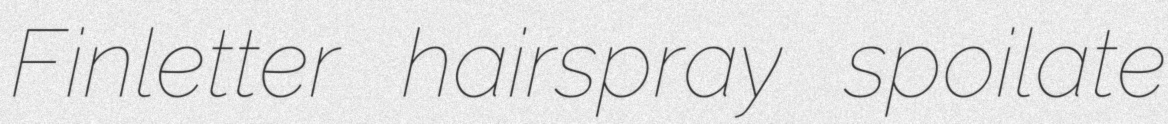
Finletter hairspray spoilate